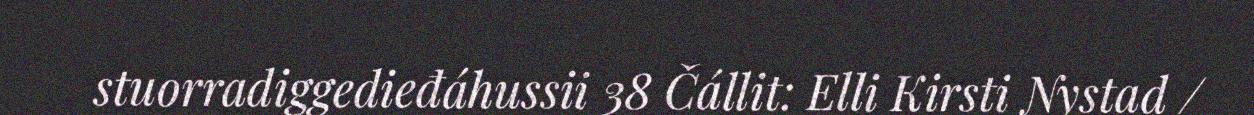
stuorradiggedieđáhussii 38 Čállit: Elli Kirsti Nystad /